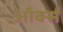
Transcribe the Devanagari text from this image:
और्क्स